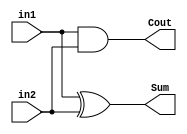
module half_adder(in1, in2, Sum, Cout) ;
	input in1, in2 ;
	output Sum, Cout ;
	xor (Sum, in1, in2) ;
	and (Cout, in1, in2) ;
endmodule